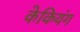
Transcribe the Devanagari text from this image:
केकियंग